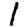
Digit: 1